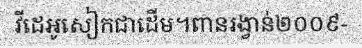
វីដេអូសៀកជាដើម។ពានរង្វាន់២០០៩-